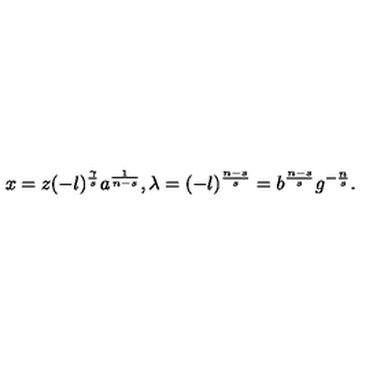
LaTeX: x = z ( - l ) ^ { \frac { \gamma } { s } } a ^ { \frac { 1 } { n - s } } , \lambda = ( - l ) ^ { \frac { n - s } { s } } = b ^ { \frac { n - s } { s } } g ^ { - \frac { n } { s } } .